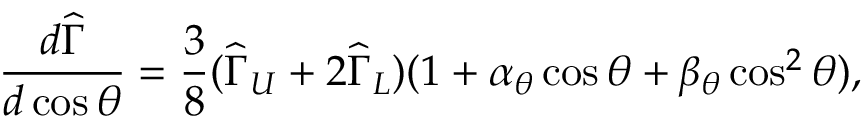
\frac { d \widehat { \Gamma } } { d \cos \theta } = \frac { 3 } { 8 } ( \widehat { \Gamma } _ { U } + 2 \widehat { \Gamma } _ { L } ) ( 1 + \alpha _ { \theta } \cos \theta + \beta _ { \theta } \cos ^ { 2 } \theta ) ,